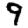
Digit: 9